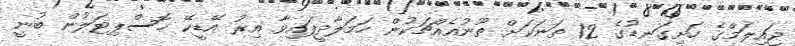
ޖައިލަމްގެ ހަށިގަނޑުގެ 12 ތަނަކަށް ތޫނުއެއްޗަކުން ހަމަލާދީފައިވާ އިރު އޭޑީކޭ ހޮސްޕިޓަލުން ބުނީ